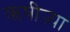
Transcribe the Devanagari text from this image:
ऋषीऱ्या